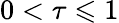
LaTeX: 0<\tau\leqslant 1